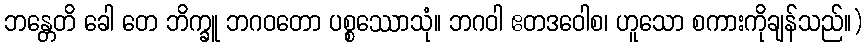
ဘန္တေတိ ခေါ တေ ဘိက္ခူ ဘဂဝတော ပစ္စဿောသုံ။ ဘဂဝါ ဧတဒဝေါစ၊ ဟူသော စကားကိုချန်သည်။)